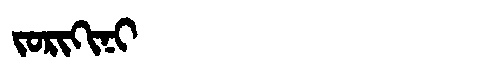
Manchu: ᠵᠣᡵᡳᡴᡳᠨᡳ
Romanization: JORIKINI